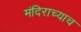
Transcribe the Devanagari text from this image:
मंदिराच्याच